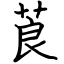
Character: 莨